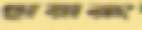
ছায়ারং